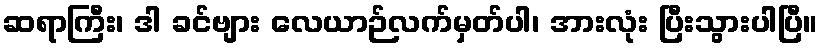
ဆရာကြီး၊ ဒါ ခင်ဗျား လေယာဉ်လက်မှတ်ပါ၊ အားလုံး ပြီးသွားပါပြီ။